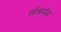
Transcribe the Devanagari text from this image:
सोभ्नायेय